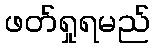
ဖတ်ရှုရမည်